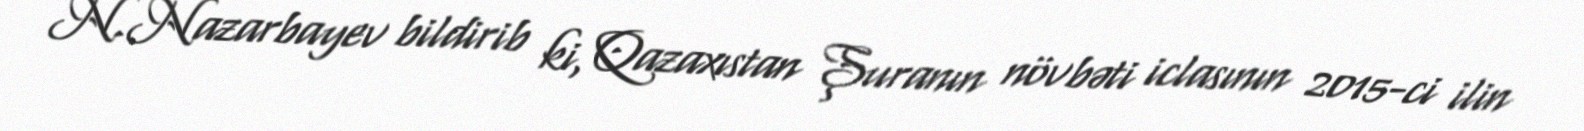
N.Nazarbayev bildirib ki, Qazaxıstan Şuranın növbəti iclasının 2015-ci ilin